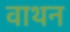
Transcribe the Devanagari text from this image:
वाथन